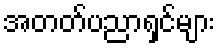
အတတ်ပညာရှင်များ